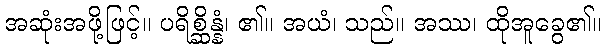
အဆုံးအဖို့ဖြင့်။ ပရိစ္ဆိန္နံ၊ ၏။ အယံ၊ သည်။ အဿ၊ ထိုအူခွေ၏။